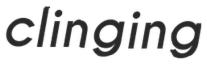
clinging